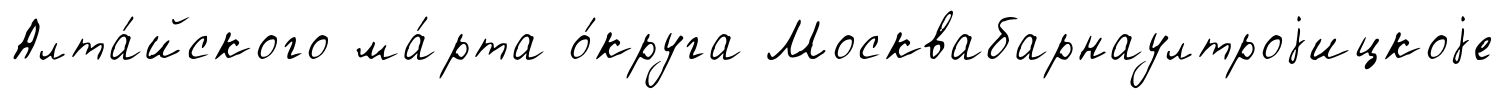
Алта́йского ма́рта о́круга Москвабарнаултроjицкоjе